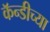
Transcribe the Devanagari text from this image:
कॅन्डीच्या